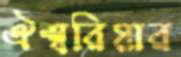
ঐশ্বরিয়ার